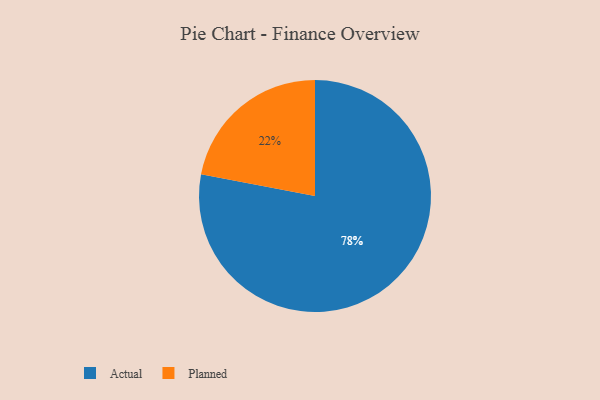
{"axis": {"x": "Category", "y": "Percentage"}, "legend": ["Actual", "Planned"], "data": [{"x": "Actual", "y": 78, "type": "Actual"}, {"x": "Planned", "y": 22, "type": "Planned"}]}